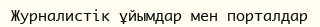
Журналистік ұйымдар мен порталдар